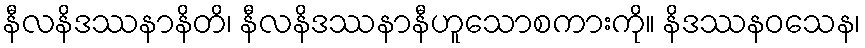
နီလနိဒဿနာနိတိ၊ နီလနိဒဿနာနီဟူသောစကားကို။ နိဒဿနဝသေန၊